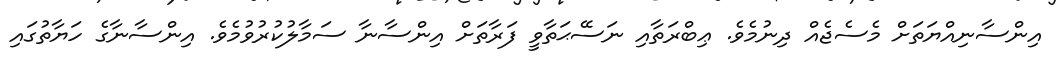
އިންސާނިއްޔަތަށް މެސެޖެއް ދިނުމެވެ. ޢިބްރަތާއި ނަސޭޙަތާވީ ފަރާތަށް އިންސާނާ ސަމާލުކުރުވުމެވެ. އިންސާނާގެ ހަޔާތުގައި